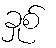
ခှုစ်